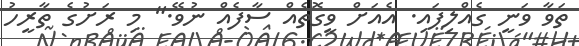
ތަވާ ވަނީ ގެއްލިފައި. އެއަށް ވީގޮތެއް ސާފެއް ނުވޭ." މި ރަށުގެ ތާރީހު